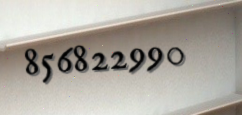
856822990